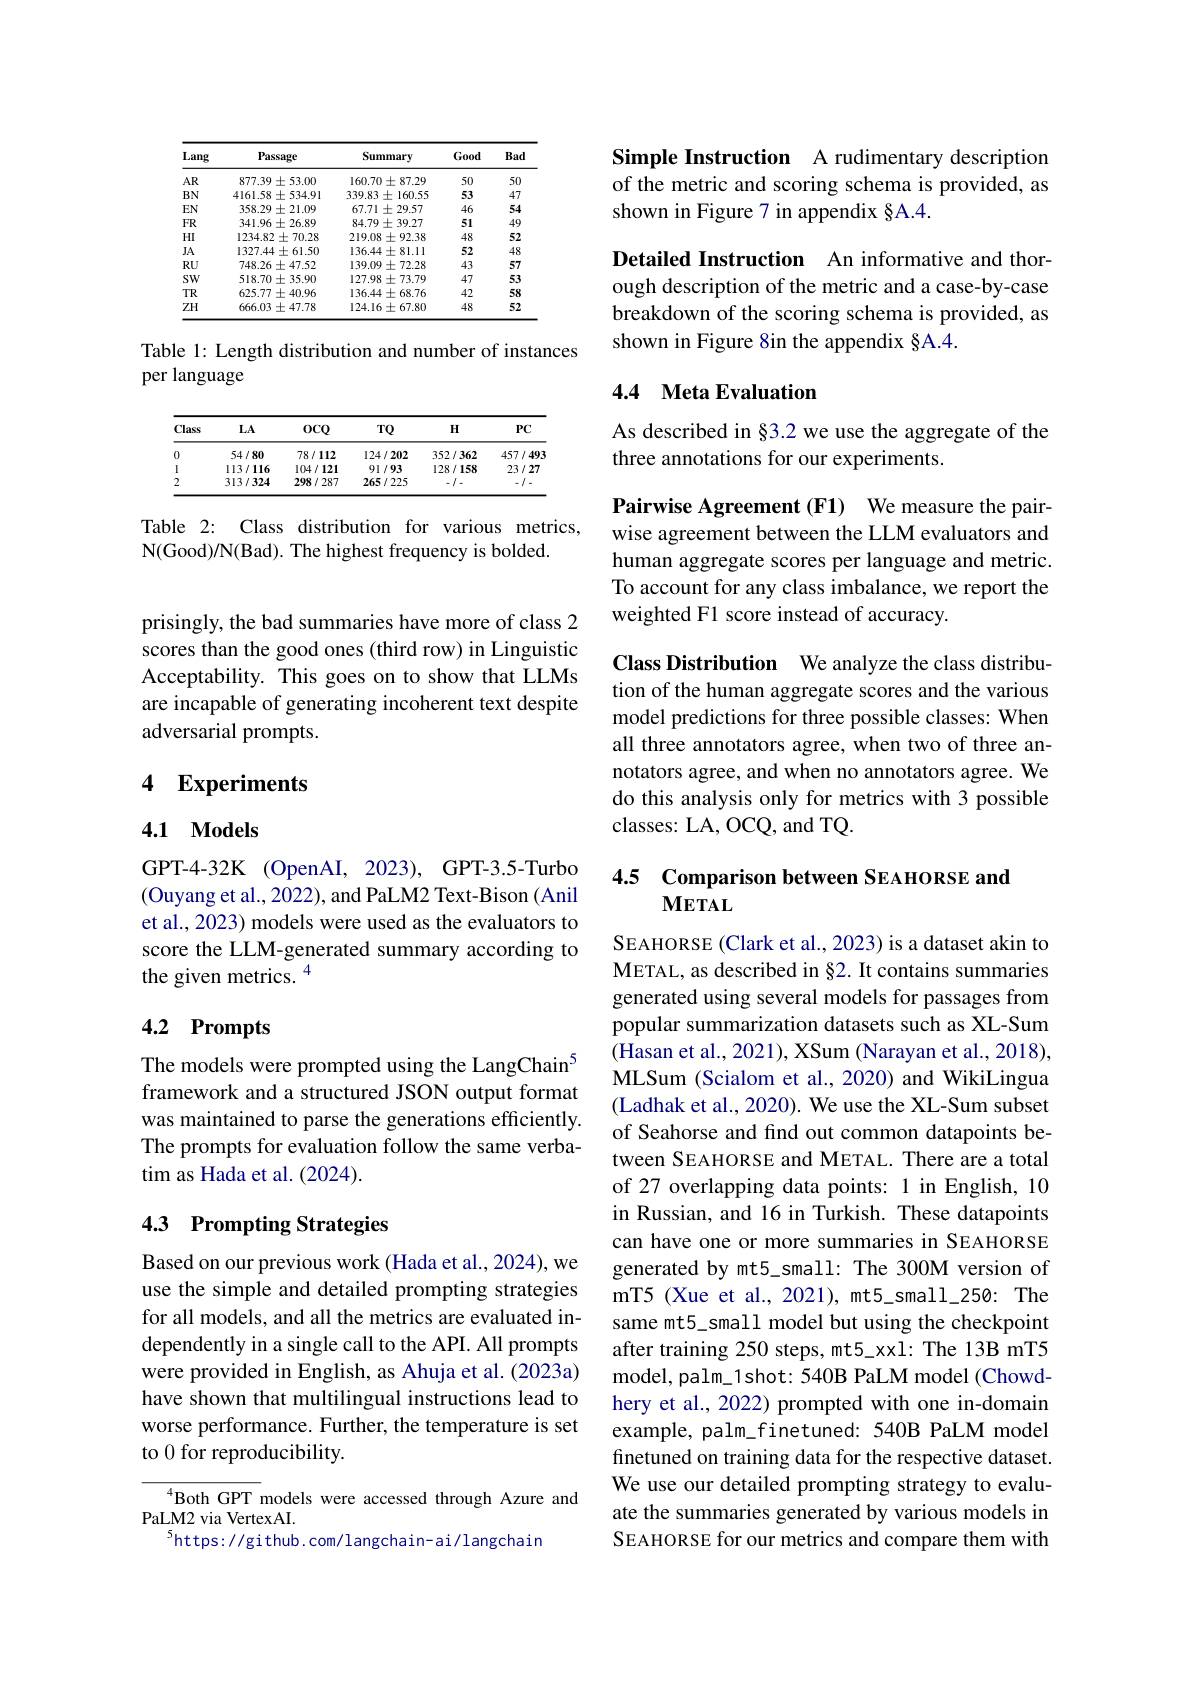
<table>
	<tbody>
		<tr>
			<th>Lang</th>
			<th>Passage</th>
			<th>Summary</th>
			<th>Good</th>
			<th>Bac</th>
		</tr>
		<tr>
			<td>$AR$</td>
			<td>$877.39\pm53.00$</td>
			<td>$160.70\pm87.29$</td>
			<td>50</td>
			<td>50</td>
		</tr>
		<tr>
			<td>BN</td>
			<td>$4161.58\pm534.91$</td>
			<td>$339.83\pm160.55$</td>
			<td>53</td>
			<td>47</td>
		</tr>
		<tr>
			<td>$EN$</td>
			<td>$358.29\pm21.09$</td>
			<td>$67.71\pm29.57$</td>
			<td>46</td>
			<td>54</td>
		</tr>
		<tr>
			<td>FR</td>
			<td>$341.96\pm26.89$</td>
			<td>$84.79\pm39.27$</td>
			<td>51</td>
			<td>49</td>
		</tr>
		<tr>
			<td>HI</td>
			<td>$1234.82\pm70.28$</td>
			<td>$219.08\pm92.38$</td>
			<td>48</td>
			<td>52</td>
		</tr>
		<tr>
			<td>$JA$</td>
			<td>$1327.44\pm61.50$</td>
			<td>$136.44\pm81.11$</td>
			<td>52</td>
			<td>48</td>
		</tr>
		<tr>
			<td>RU</td>
			<td>$748.26\pm47.52$</td>
			<td>$139.09\pm72.28$</td>
			<td>43</td>
			<td>57</td>
		</tr>
		<tr>
			<td>SW</td>
			<td>$518.70\pm35.90$</td>
			<td>$127.98\pm73.79$</td>
			<td>47</td>
			<td>53</td>
		</tr>
		<tr>
			<td>$TR$</td>
			<td>$625.77\pm40.96$</td>
			<td>$136.44\pm68.76$</td>
			<td>42</td>
			<td>58</td>
		</tr>
		<tr>
			<td>$ZH$</td>
			<td>$666.03\pm47.78$</td>
			<td>$124.16\pm67.80$</td>
			<td>48</td>
			<td>52</td>
		</tr>
	</tbody>
</table>

Table 1: Length distribution and number of instances
per language

<table>
	<tbody>
		<tr>
			<th>Class</th>
			<th>$LA$</th>
			<th>$0CQ$</th>
			<th>$TQ$</th>
			<th>$H$</th>
			<th>$PC$</th>
		</tr>
		<tr>
			<td>0</td>
			<td>54/80</td>
			<td>78/112</td>
			<td>124/202</td>
			<td>352/362</td>
			<td>457/493</td>
		</tr>
		<tr>
			<td>l</td>
			<td>113/116</td>
			<td>104/121</td>
			<td>91/93</td>
			<td>128/158</td>
			<td>23/27</td>
		</tr>
		<tr>
			<td>2</td>
			<td>313/324</td>
			<td>298/287</td>
			<td>265/225</td>
			<td>$\cdot I.$</td>
			<td>$-I-$ </td>
		</tr>
	</tbody>
</table>

Table 2: Class distribution for various metrics,
N(Good)/N(Bad). The highest frequency is bolded.

prisingly, the bad summaries have more of class 2 scores than the good ones (third row) in Linguistic Acceptability. This goes on to show that LLMs are incapable of generating incoherent text despite adversarial prompts.

# 4 Experiments

## 4.1 Models

GPT-4-32K (OpenAI, 2023), GPT-3.5-Turbo (Ouyang et al., 2022), and PaLM2 Text-Bison (Anil et al., 2023) models were used as the evaluators to score the LLM-generated summary according to the given metrics. 4

## 4.2 Prompts

The models were prompted using the LangChain$^{5}$ framework and a structured JSON output format was maintained to parse the generations efficiently. The prompts for evaluation follow the same verbatim as Hada et al. (2024).

## 4.3 Prompting Strategies

Based on our previous work (Hada et al., 2024), we use the simple and detailed prompting strategies for all models, and all the metrics are evaluated independently in a single call to the API. All prompts were provided in English, as Ahuja et al. (2023a) have shown that multilingual instructions lead to worse performance. Further, the temperature is set to 0 for reproducibility.

$^{4}$Both GPT models were accessed through Azure and
PaLM2 via VertexAI.
$^{5}$https://github.com/langchain-ai/langchain

Simple Instruction A rudimentary description of the metric and scoring schema is provided, as shown in Figure 7 in appendix §A.4.

Detailed Instruction An informative and thorough description of the metric and a case-by-case breakdown of the scoring schema is provided, as shown in Figure 8in the appendix §A.4.

## 4.4 Meta Evaluation

As described in §3.2 we use the aggregate of the
three annotations for our experiments.

Pairwise Agreement (F1) We measure the pairwise agreement between the LLM evaluators and human aggregate scores per language and metric. To account for any class imbalance, we report the weighted F1 score instead of accuracy.

Class Distribution We analyze the class distribution of the human aggregate scores and the various model predictions for three possible classes: When all three annotators agree, when two of three annotators agree, and when no annotators agree. We do this analysis only for metrics with 3 possible classes: LA, OCQ, and TQ.

## 4.5 Comparison between SEAHORSE and $METAL$

SEAHORSE (Clark et al., 2023) is a dataset akin to METAL, as described in §2. It contains summaries generated using several models for passages from popular summarization datasets such as XL-Sum (Hasan et al., 2021), XSum (Narayan et al., 2018), MLSum (Scialom et al., 2020) and WikiLingua (Ladhak et al., 2020). We use the XL-Sum subset of Seahorse and find out common datapoints between SEAHORSE and METAL. There are a total of 27 overlapping data points: 1 in English, 10 in Russian, and 16 in Turkish. These datapoints can have one or more summaries in SEAHORSE generated by mt5\_small: The 300M version of mT5 (Xue et al., 2021), mt5\_small\_250: The same mt5\_small model but using the checkpoint after training 250 steps, mt5\_xxl: The 13B mT5 model, palm\_1shot: 540B PaLM model (Chowdhery et al., 2022) prompted with one in-domain example, palm\_finetuned: 540B PaLM model finetuned on training data for the respective dataset. We use our detailed prompting strategy to evaluate the summaries generated by various models in SEAHORSE for our metrics and compare them with